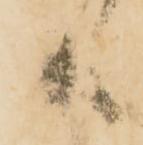
々